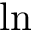
\ln